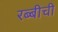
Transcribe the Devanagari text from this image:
रब्बीची